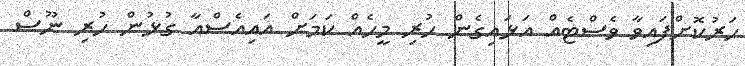
ހަރުކޮށްފައިވާ ވެސްޓެއް އަަޅައިގެން ހުރި މީހެއް ކަމަށް އައިއެސްއާ ގުޅުން ހުރި ނޫސް